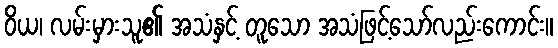
ဝိယ၊ လမ်းမှားသူ၏ အသံနှင့် တူသော အသံဖြင့်သော်လည်းကောင်း။